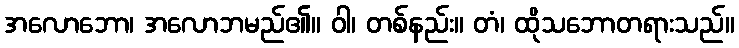
အလောဘော၊ အလောဘမည်၏။ ဝါ၊ တစ်နည်း။ တံ၊ ထိုသဘောတရားသည်။